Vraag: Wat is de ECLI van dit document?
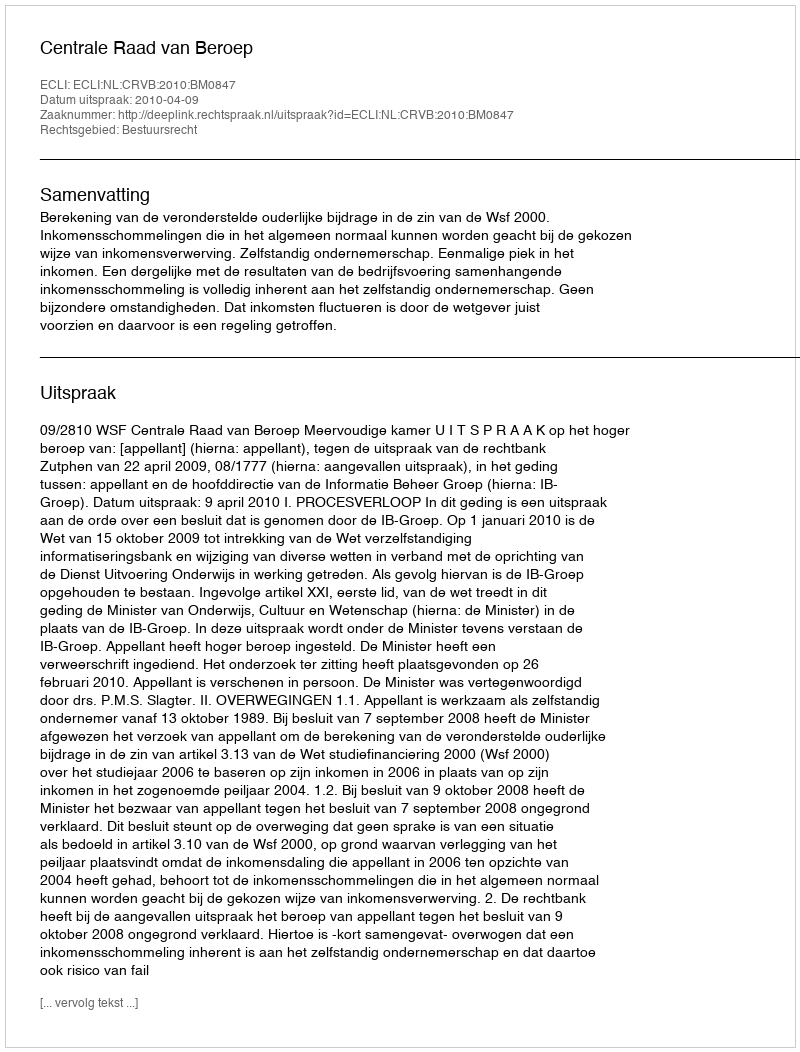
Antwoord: ECLI:NL:CRVB:2010:BM0847